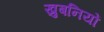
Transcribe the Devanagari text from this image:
खुबनियों